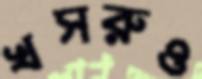
খসরুও